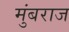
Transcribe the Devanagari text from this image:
मुंबराज